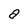
Character: a